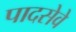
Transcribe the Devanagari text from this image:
पादसेवे